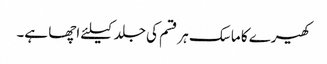
کھیرے کا ماسک ہر قسم کی جلد کیلئے اچھا ہے۔